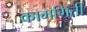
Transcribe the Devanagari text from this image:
कामगिती